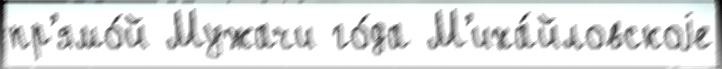
пр'ямо́й Мужачи го́да М'иха́йловскоjе